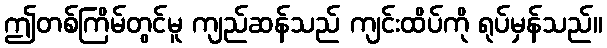
ဤတစ်ကြိမ်တွင်မူ ကျည်ဆန်သည် ကျင်းထိပ်ကို ရုပ်မှန်သည်။